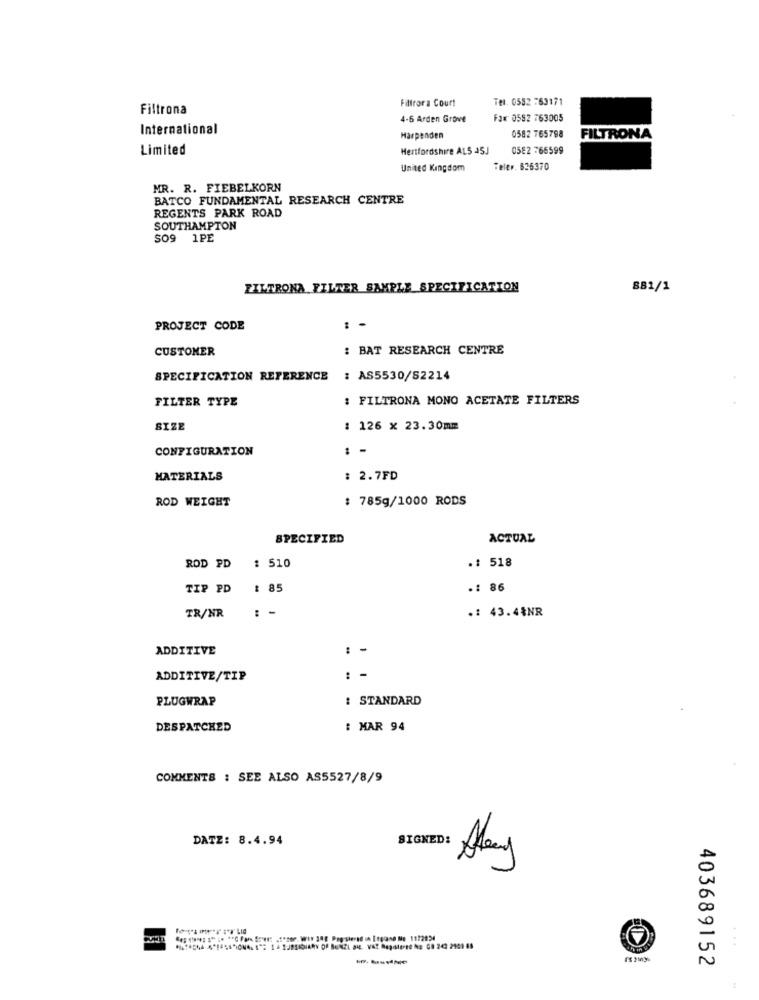
Filtrora Court
Tel. 0552 -63171
Filtrona
4-6 Arden Grove
Fax 0582 763005
International
Harpenden
0582 765798
FILTRONA
Limited
Hertfordshire AL5 45J
0582 765599
United Kingdom
Teler. 636370
MR. R. FIEBELKORN
BATCO FUNDAMENTAL RESEARCH CENTRE
REGENTS PARK ROAD
SOUTHAMPTON
SO9 1PE
FILTRONA FILTER SAMPLE SPECIFICATION
881/1
PROJECT CODE
CUSTOMER
: BAT RESEARCH CENTRE
SPECIFICATION REFERENCE
: AS5530/S2214
FILTER TYPE
: FILTRONA MONO ACETATE FILTERS
SIZE
: 126 × 23.30mm
CONFIGURATION
: -
MATERIALS
: 2.7FD
ROD WEIGHT
: 785g/1000 RODS
SPECIFIED
ACTUAL
.: 518
ROD PD
: 510
TIP PD
: 85
.: 86
-
.: 43.44NR
TR/NR
ADDITIVE
: -
ADDITIVE/TIP
PLUGWRAP
: STANDARD
DESPATCHED
: MAR 94
COMMENTS : SEE ALSO AS5527/8/9
DATZ: 8.4.94
SIGNED:
44 150" 1" * "Can Se o. WIN 32 Peg-sierad in Inglane Mo 1172834
403689152